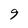
Character: 9